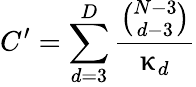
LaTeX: C^{\prime}=\sum_{d=3}^{D}\frac{\binom{N-3}{d-3}}{\upkappa_{d}}